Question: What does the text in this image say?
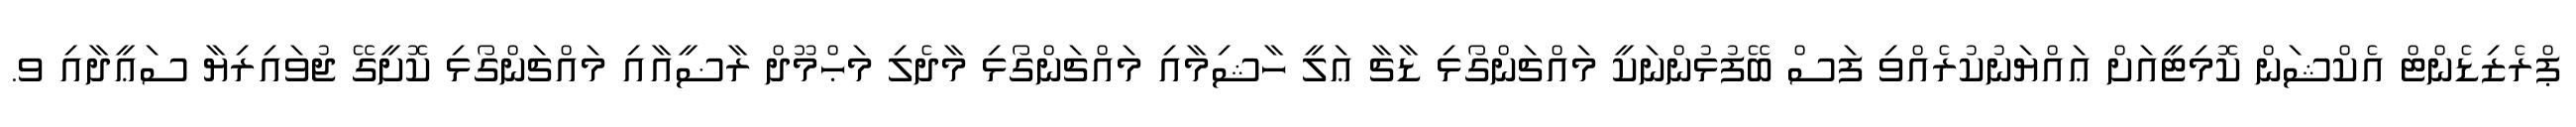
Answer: ޕްރެޒިޑެންޓް އެކްޝަން ކޮމިޓީއަށް ޢައްޔަނުކުރެއްވި ފަސް ބޭފުޅުންނަކީ މައްޗަންގޯޅި ޑާޗާ ޢަލީ ހާޝިމާއި މައްޗަންގޯޅި މާދެލި މަޙްމޫދް ރާޟީއާއި މައްޗަންގޯޅި ކޮށީގޭ ޖުވައިރިޔާ ސަޢީދާއި ވ.